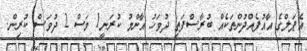
އެޕަލްގެ އާއުފެއްދުންތަކެއް ބުރާސްފަތި ދުވަހު އާންމު ކުރަނީ1 މަސް 2 ދުވަސް ކުރިން.